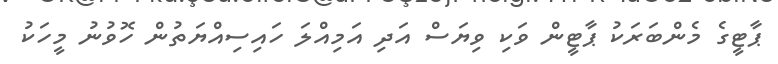
ޕާޓީގެ މެންބަރަކު ޕާޓީން ވަކި ވިޔަސް އަދި އަމިއްލަ ހައިސިއްޔަތުން ހޮވުނު މީހަކު